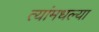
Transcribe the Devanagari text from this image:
त्यांमधल्या